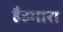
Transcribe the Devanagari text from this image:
हैहमारा